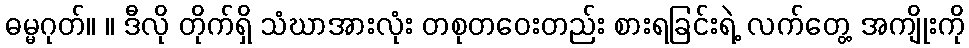
ဓမ္မဂုတ်။ ။ ဒီလို တိုက်ရှိ သံဃာအားလုံး တစုတဝေးတည်း စားရခြင်းရဲ့ လက်တွေ့ အကျိုးကို